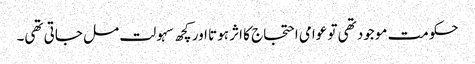
حکومت موجود تھی تو عوامی احتجاج کا اثر ہوتا اور کچھ سہولت مل جاتی تھی۔